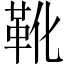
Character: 靴